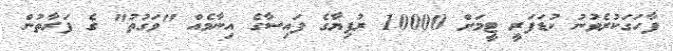
ފާހަގަކުރެވުނު ކުޑަފަރީ ޓީމަށް 10000 ރުފިޔާގެ ފައިސާގެ އިނާމެއް "ވަގުތު" ގެ ފަރާތުން